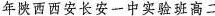
年陕西西安长安一中实验班高二